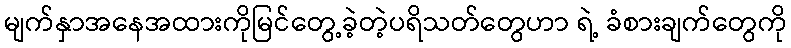
မျက်နှာအနေအထားကိုမြင်တွေ့ခဲ့တဲ့ပရိသတ်တွေဟာ ရဲ့ ခံစားချက်တွေကို